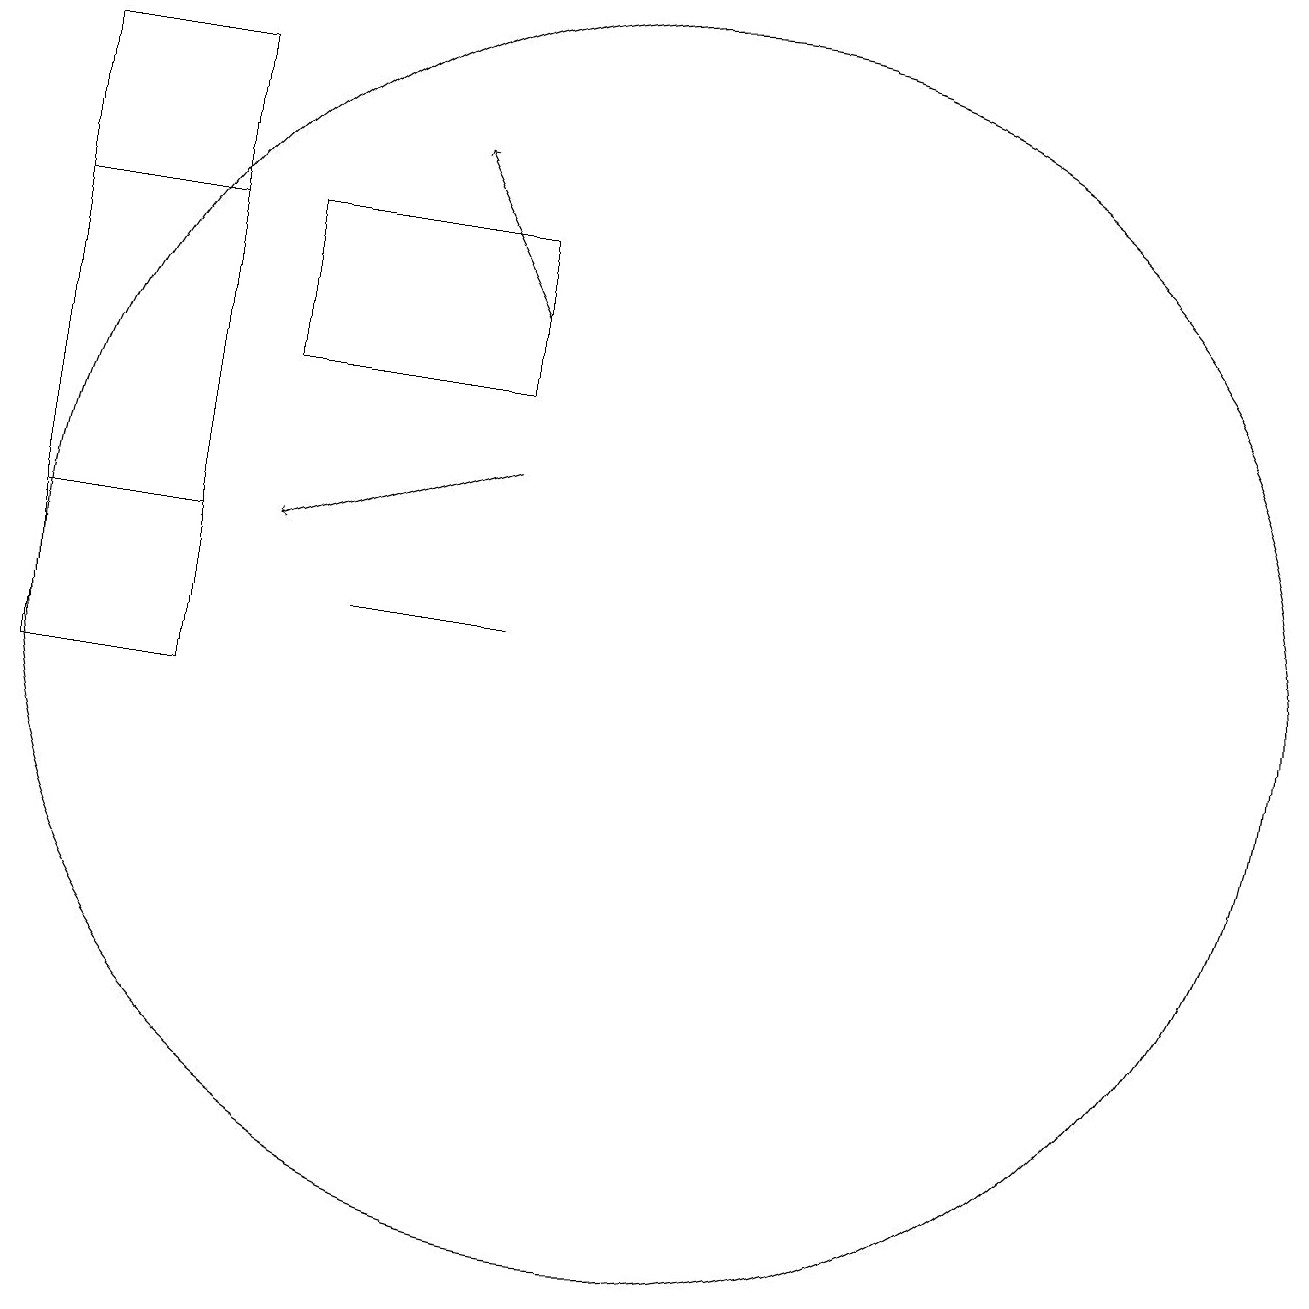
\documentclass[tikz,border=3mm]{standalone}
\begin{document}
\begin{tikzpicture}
\draw[->] (9,15) -- (8,17);
\draw (3,16) rectangle (5,12);
\draw (9,11) rectangle (7,11);
\draw[->] (9,13) -- (6,12);
\draw (9,16) rectangle (6,14);
\draw (11,11) circle (8);
\draw (3,18) rectangle (5,10);
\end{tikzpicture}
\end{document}